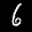
Label: 6